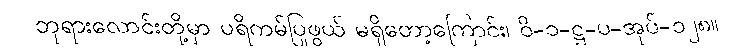
ဘုရားလောင်းတို့မှာ ပရိကမ်ပြုဖွယ် မရှိတော့ကြောင်း၊ ဝိ-၁-ဋ္ဌ-ပ-အုပ်-၁၂၈။